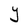
Character: Y